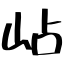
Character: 岾